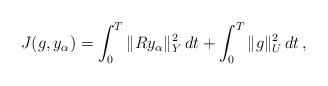
LaTeX: \begin{align*}J(g,y_{\alpha}) = \int_0^T \|R y_{\alpha}\|_Y^2 \,dt + \int_0^T \|g\|^2_{U}\,dt\,,\end{align*}